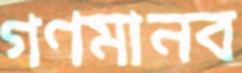
গণমানব